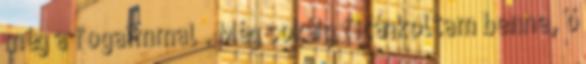
még a fogaimmal . Még sokáig ficánkoltam benne, ő